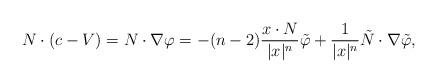
LaTeX: \begin{align*}N \cdot \left(c - V \right) = N \cdot \nabla \varphi = -(n-2) \frac{x \cdot N}{|x|^n} \tilde \varphi + \frac{1}{|x|^n} \tilde{N} \cdot \nabla \tilde \varphi,\end{align*}